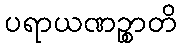
ပရာယဏဉ္စာတိ